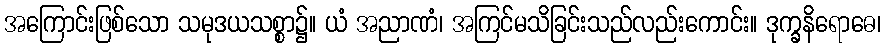
အကြောင်းဖြစ်သော သမုဒယသစ္စာ၌။ ယံ အညာဏံ၊ အကြင်မသိခြင်းသည်လည်းကောင်း။ ဒုက္ခနိရောဓေ၊